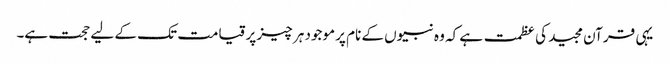
یہی قرآن مجید کی عظمت ہے کہ وہ نبیوں کے نام پر موجود ہر چیز پر قیامت تک کے لیے حجت ہے۔